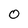
Character: 0